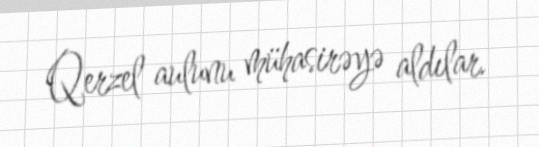
Qerzel aulunu mühasirəyə aldılar.